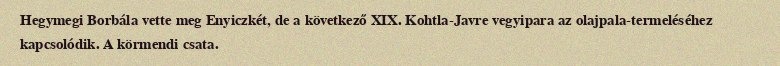
Hegymegi Borbála vette meg Enyiczkét, de a következő XIX. Kohtla-Javre vegyipara az olajpala-termeléséhez kapcsolódik. A körmendi csata.